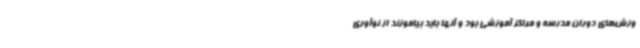
وزش‌های دوران مدرسه و مراکز آموزشی بود و آنها باید بیاموزند از نوآوری